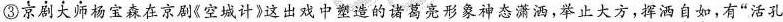
③京剧大师杨宝森在京剧《空城计》这出戏中塑造的诸葛亮形象神态潇洒，举止大方，挥洒自如，有”活孔